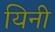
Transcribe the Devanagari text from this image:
यिनी